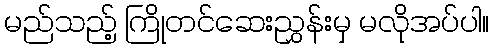
မည်သည့် ကြိုတင်ဆေးညွှန်းမှ မလိုအပ်ပါ။